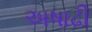
અષાઢી